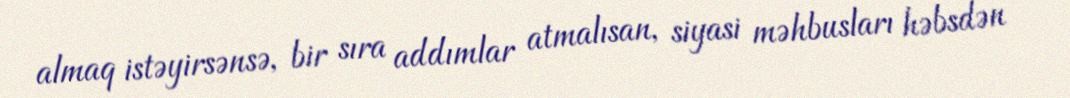
almaq istəyirsənsə, bir sıra addımlar atmalısan, siyasi məhbusları həbsdən